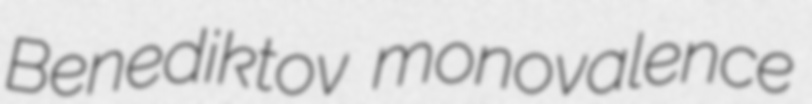
Benediktov monovalence